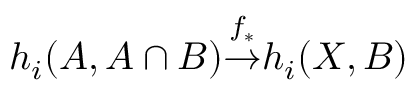
{ } \quad h _ { i } ( A , A \cap B ) { \overset { f _ { * } } { \to } } h _ { i } ( X , B )